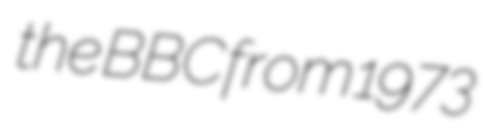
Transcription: the BBC from 1973